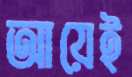
আয়েই